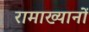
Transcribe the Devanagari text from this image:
रामाख्यानों